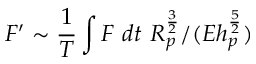
F ^ { \prime } \sim \frac { 1 } { T } \int F ~ d t ~ R _ { p } ^ { \frac { 3 } { 2 } } / ( E h _ { p } ^ { \frac { 5 } { 2 } } )